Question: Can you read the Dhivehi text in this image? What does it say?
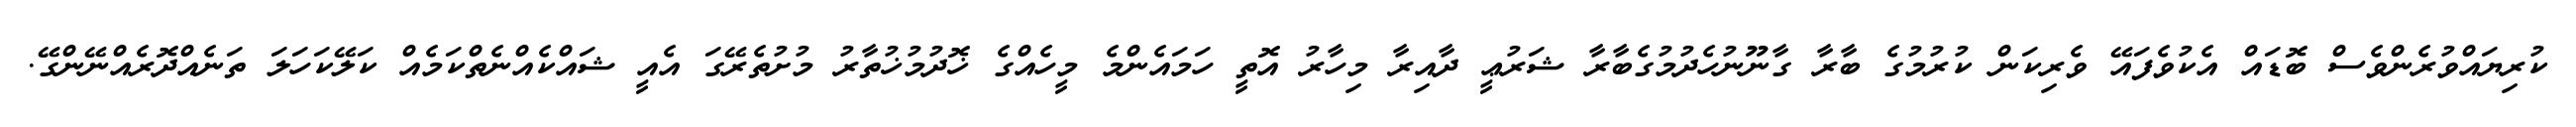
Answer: ކުރިޔައްވުރެންވެސް ބޮޑައް އެކުވެފައޭ ވެރިކަން ކުރުމުގެ ބާރާ ގާނޫނުހެދުމުގެބާރާ ޝަރުޢީ ދާއިރާ މިހާރު އޮތީ ހަމައެންމެ މީހެއްގެ ޚޮދުމުޚުތާރު މުށުތެރޭގަ އެއީ ޝައްކެއްނެތްކަމެއް ކަލޭކަހަލަ ތަނެއްދޮރެއްނޭންގޭ.